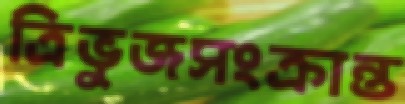
ত্রিভুজসংক্রান্ত